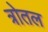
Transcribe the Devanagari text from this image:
त्रोतल